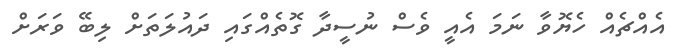
އެއްޗެއް ހެޔޮވާ ނަމަ އެއީ ވެސް ނުސީދާ ގޮތެއްގައި ދައުލަތަށް ލިބޭ ވަރަށް